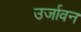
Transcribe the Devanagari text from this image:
उर्जावन